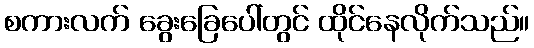
စကားလက် ခွေးခြေပေါ်တွင် ထိုင်နေလိုက်သည်။